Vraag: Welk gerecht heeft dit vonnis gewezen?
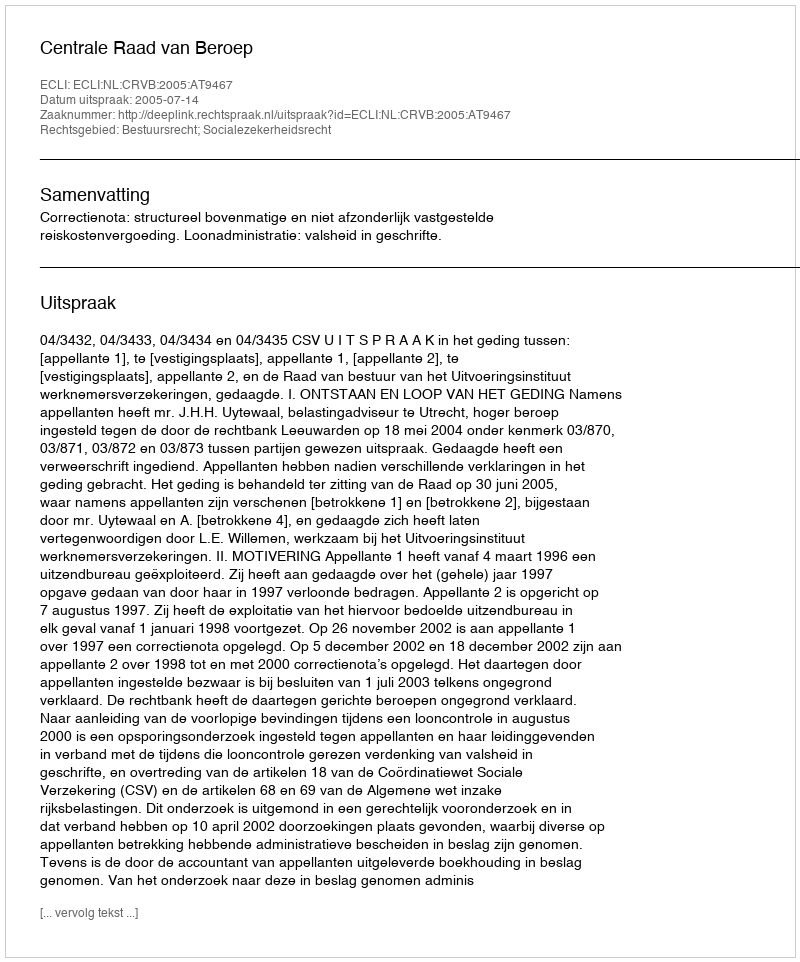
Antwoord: Centrale Raad van Beroep